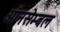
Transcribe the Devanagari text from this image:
ऑनसेम्बल